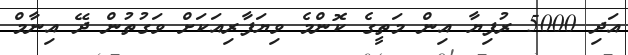
އަދި 5000 ރުފިޔާ އިން މަތީގެ ކޮންމެ ވިޔަފާރިއަކަށް ވަގުތުން ދޭ އިނާމް